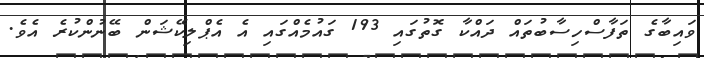
ވައިބާގެ ތަފާސްހިސާބުތައް ދައްކާ ގޮތުގައި 193 ގައުމެއްގައި އެ އެޕްލިކޭޝަން ބޭނުންކުރެ އެވެ.